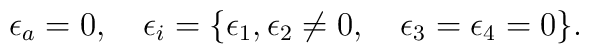
\epsilon_a = 0, ~~~\epsilon_i =\{\epsilon_1,  \epsilon_2 \not= 0,~~~\epsilon_3= \epsilon_4= 0 \}   .